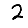
Digit: 2